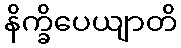
နိက္ခိပေယျာတိ